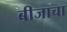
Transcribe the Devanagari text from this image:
बीजाचा